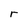
Character: r